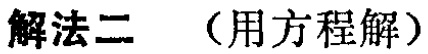
解法二 （用方程解）